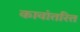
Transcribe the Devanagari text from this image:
कावांतरित